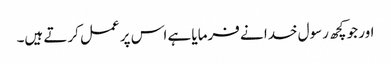
اور جو کچھ رسول خدا نے فرمایا ہے اس پر عمل کرتے ہیں۔